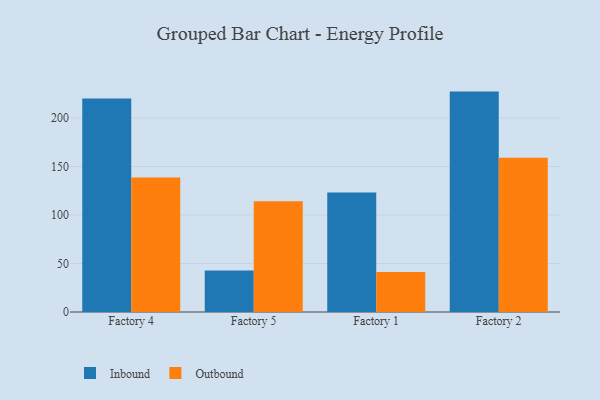
{"axis": {"x": "Factory", "y": "Operating Costs (USD K)"}, "legend": ["Inbound", "Outbound"], "data": [{"x": "Factory 4", "y": 220.0, "type": "Inbound"}, {"x": "Factory 4", "y": 138.7, "type": "Outbound"}, {"x": "Factory 5", "y": 42.7, "type": "Inbound"}, {"x": "Factory 5", "y": 114.2, "type": "Outbound"}, {"x": "Factory 1", "y": 123.2, "type": "Inbound"}, {"x": "Factory 1", "y": 41.2, "type": "Outbound"}, {"x": "Factory 2", "y": 227.2, "type": "Inbound"}, {"x": "Factory 2", "y": 158.9, "type": "Outbound"}]}